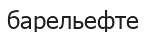
барельефте